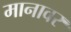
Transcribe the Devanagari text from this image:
मानावर